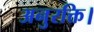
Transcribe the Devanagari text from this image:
अनुरक्ति।